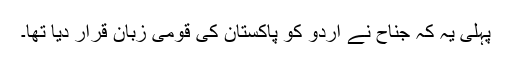
پہلی یہ کہ جناح نے اردو کو پاکستان کی قومی زبان قرار دیا تھا۔